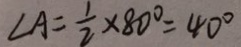
\angle A = \frac { 1 } { 2 } \times 8 0 ^ { \circ } = 4 0 ^ { \circ }